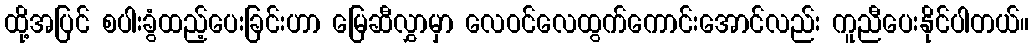
ထို့အပြင် စပါးခွံထည့်ပေးခြင်းဟာ မြေဆီလွှာမှာ လေဝင်လေထွက်ကောင်းအောင်လည်း ကူညီပေးနိုင်ပါတယ်။